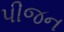
પીજન